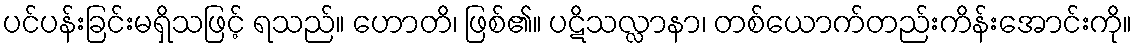
ပင်ပန်းခြင်းမရှိသဖြင့် ရသည်။ ဟောတိ၊ ဖြစ်၏။ ပဋိသလ္လာနာ၊ တစ်ယောက်တည်းကိန်းအောင်းကို။